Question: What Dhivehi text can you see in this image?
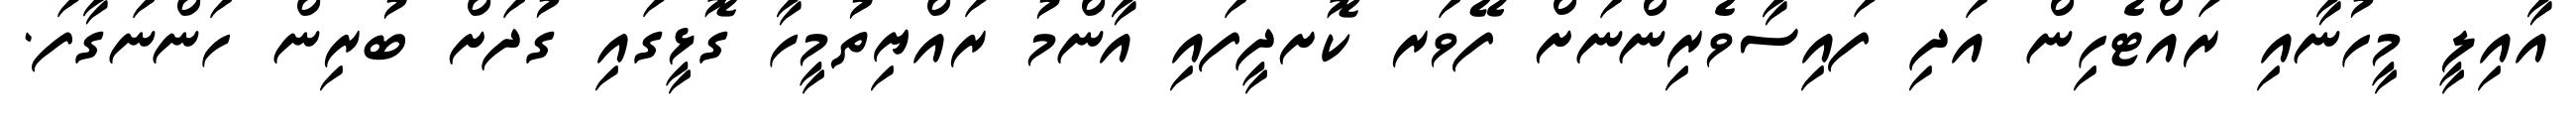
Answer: އާއިލީ މީހުނާއި ރައްޓެހިން އަދި ފައިސާވެރިންނަށް ފޭވަރ ކޮށދީފައި އާންމު ރައްޔިތުމީހާ ގޮޅީގައި ގުދަށް ބުރިން ހަންނަގާފަ.